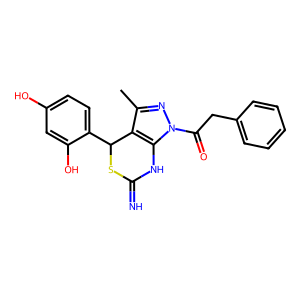
SMILES: Cc1nn(C(=O)Cc2ccccc2)c2c1C(c1ccc(O)cc1O)SC(=N)N2
Inhibits HIV replication: Yes